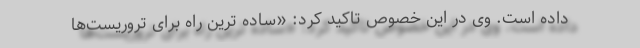
داده است. وی در این خصوص تاکید کرد: «ساده ترین راه برای تروریست‌ها